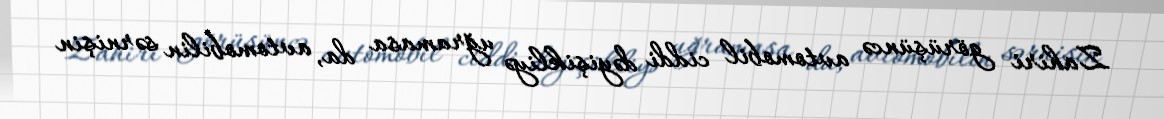
Zahiri görüşüncə avtomobil ciddi dəyişikliyə uğramasa da, avtomobilin sərnişin